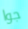
جوا